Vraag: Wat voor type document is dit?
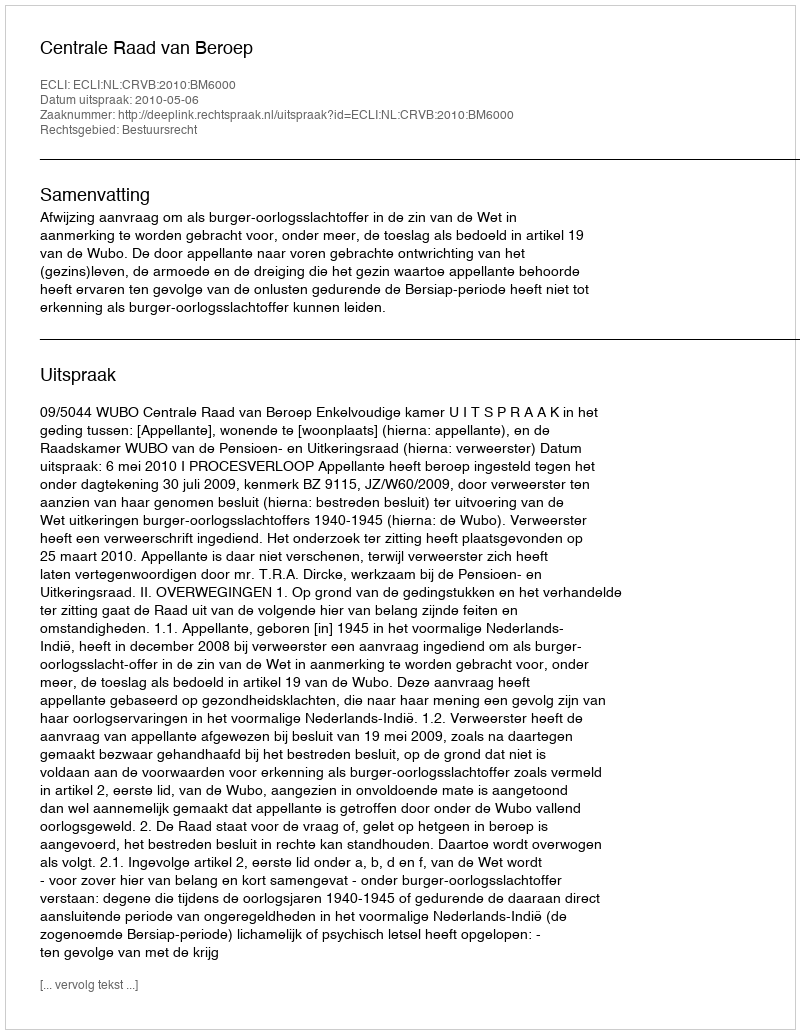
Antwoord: Uitspraak